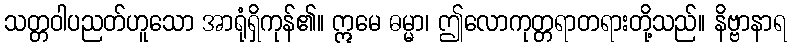
သတ္တဝါပညတ်ဟူသော အာရုံရှိကုန်၏။ ဣမေ ဓမ္မာ၊ ဤလောကုတ္တရာတရားတို့သည်။ နိဗ္ဗာနာရ